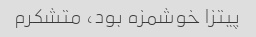
پیتزا خوشمزه بود، متشکرم